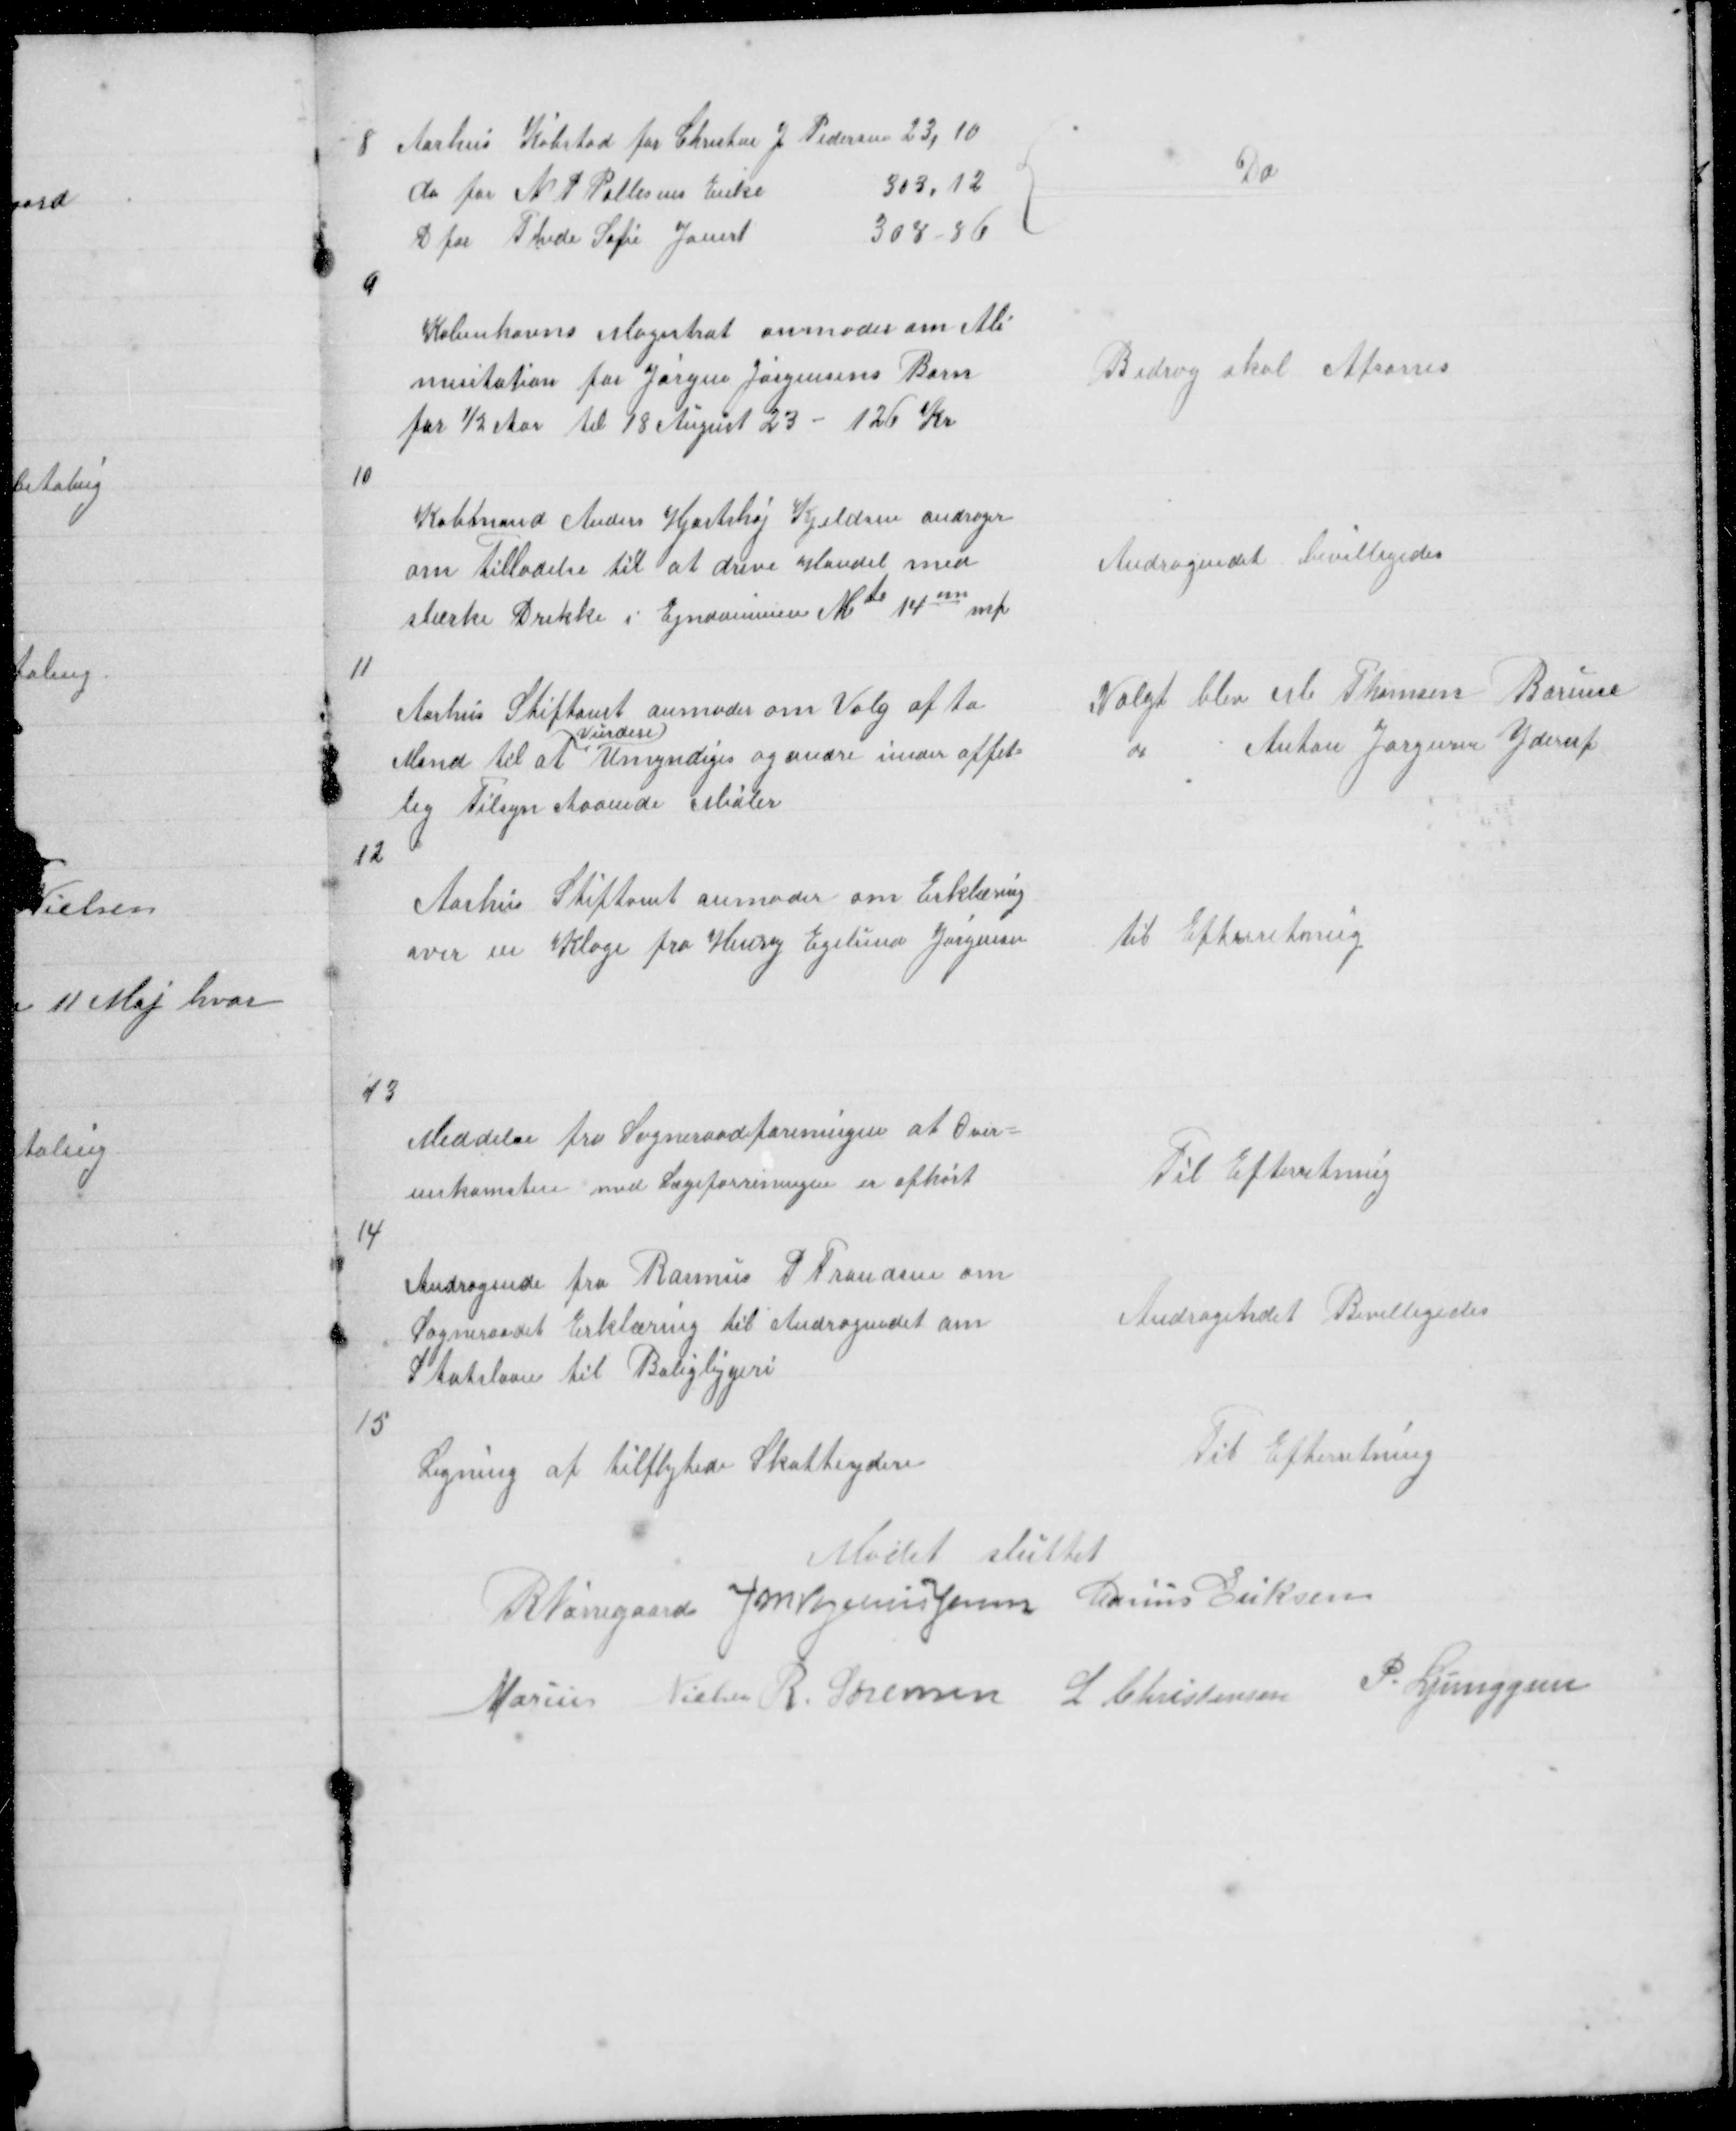
Transskription:
8

Aarhus Købstad for Chresten J Pedersen 23,10
do for N P Pallesens Enke
303,12
D for Thede Sofie Jauert
308,86

Do

9

Københavns Magistrat anmoder om Ali
mentation for Jørgen Jørgensens Barn
for ½ Aar til 18 August 23 - 126 Kr

Bidrag skal Afsones

10

Købmand Anders Hjortshøj Kjeldsen andrager
om Tilladelse til at drive Handel med
stærke Drikke i Ejndommen Mtr 14nn mf

Andragendet bevilligedes

11

Aarhus Stiftamt anmoder om Valg af to
Mand til at
vurdere
Umyndiges og andre under offet=
lig Tilsyn staaende Midler

Valgt blev M Thomsen Borum
" Anton Jørgensen Yderup

12

Aarhus Stiftamt anmoder om Erklæring
over en Klage fra Henry Egelund Jørgensen

til Efterretning

13

Meddelse fra Sogneraadforeningen at Over=
enskomsten med Lægeforreningen er ophørt

Til Efterretning

14

Andragende fra Rasmus P Frandsen om
Sogneraadet Erklæring til Andragendet om
Statslaan til Boligbygeri

Andragendet Bevilligedes

15

Ligning af tilflytede Skatteydere

Til Efterretning

Mødet sluttet
R Nørregaard J M Vogelius Jensen Marius Eriksen
Marius Nielsen R. Sørensen L Christensen P. Ljunggren